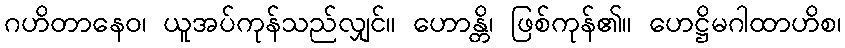
ဂဟိတာနေဝ၊ ယူအပ်ကုန်သည်လျှင်။ ဟောန္တိ၊ ဖြစ်ကုန်၏။ ဟေဋ္ဌိမဂါထာဟိစ၊